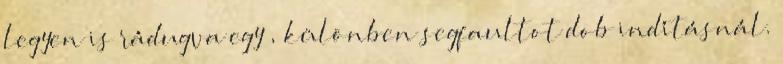
legyen is rádugva egy , különben segfaultot dob indításnál.